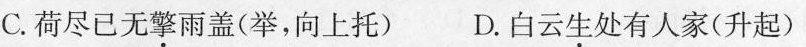
C.荷尽已无擎雨盖(举，向上托) D.白云生处有人家(升起)